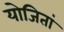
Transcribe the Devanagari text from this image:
योजितां